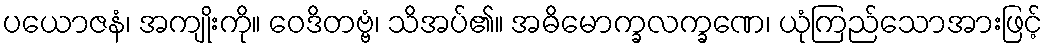
ပယောဇနံ၊ အကျိုးကို။ ဝေဒိတဗ္ဗံ၊ သိအပ်၏။ အဓိမောက္ခလက္ခဏေ၊ ယုံကြည်သောအားဖြင့်